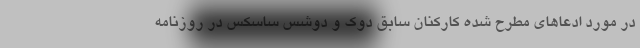
در مورد ادعاهای مطرح شده کارکنان سابق دوک و دوشس ساسکس در روزنامه